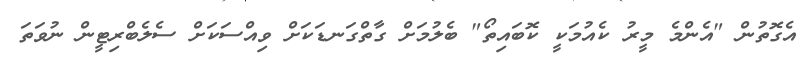
އެގޮތުން "އެންމެ މީރު ކެއުމަކީ ކޮބައިތޯ" ބެލުމަށް ގާތްގަނޑަކަށް ވިއްސަކަށް ސެލެބްރިޓީން ނުވަތަ